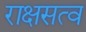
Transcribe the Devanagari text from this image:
राक्षसत्व